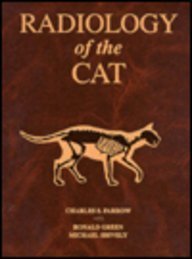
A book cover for Radiology Of The Cat, 1e; Charles S. Farrow DVM; Medical Books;